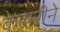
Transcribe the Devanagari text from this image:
केसरीने